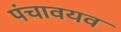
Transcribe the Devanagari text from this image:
पंचावयव